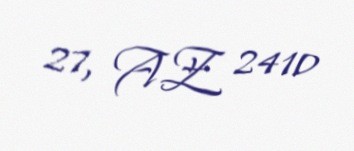
27, AZ 2410